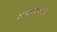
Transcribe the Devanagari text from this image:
अवशोषकों